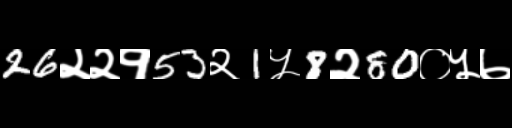
Text: 26२२१53२1५8२80०५७